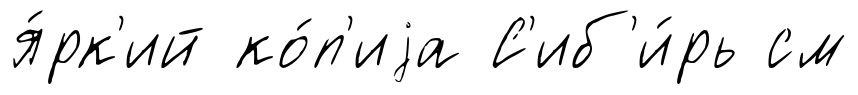
я́рк'ий ко́п'иjа С'иб'и́рь см